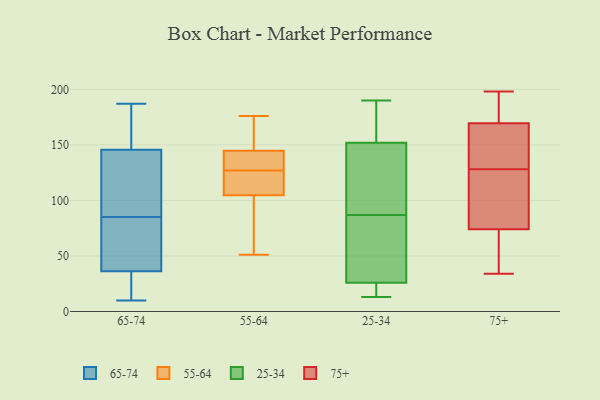
{"axis": {"x": "Active Users", "y": "Value"}, "legend": ["25-34", "55-64", "65-74", "75+"], "data": [{"x": "", "y": 153, "type": "65-74"}, {"x": "", "y": 46, "type": "65-74"}, {"x": "", "y": 124, "type": "65-74"}, {"x": "", "y": 10, "type": "65-74"}, {"x": "", "y": 156, "type": "65-74"}, {"x": "", "y": 118, "type": "65-74"}, {"x": "", "y": 34, "type": "65-74"}, {"x": "", "y": 29, "type": "65-74"}, {"x": "", "y": 43, "type": "65-74"}, {"x": "", "y": 187, "type": "65-74"}, {"x": "", "y": 85, "type": "65-74"}, {"x": "", "y": 51, "type": "55-64"}, {"x": "", "y": 176, "type": "55-64"}, {"x": "", "y": 156, "type": "55-64"}, {"x": "", "y": 103, "type": "55-64"}, {"x": "", "y": 110, "type": "55-64"}, {"x": "", "y": 151, "type": "55-64"}, {"x": "", "y": 127, "type": "55-64"}, {"x": "", "y": 134, "type": "55-64"}, {"x": "", "y": 92, "type": "55-64"}, {"x": "", "y": 145, "type": "55-64"}, {"x": "", "y": 122, "type": "55-64"}, {"x": "", "y": 96, "type": "55-64"}, {"x": "", "y": 144, "type": "55-64"}, {"x": "", "y": 140, "type": "55-64"}, {"x": "", "y": 110, "type": "55-64"}, {"x": "", "y": 13, "type": "25-34"}, {"x": "", "y": 147, "type": "25-34"}, {"x": "", "y": 49, "type": "25-34"}, {"x": "", "y": 13, "type": "25-34"}, {"x": "", "y": 154, "type": "25-34"}, {"x": "", "y": 29, "type": "25-34"}, {"x": "", "y": 105, "type": "25-34"}, {"x": "", "y": 163, "type": "25-34"}, {"x": "", "y": 190, "type": "25-34"}, {"x": "", "y": 69, "type": "25-34"}, {"x": "", "y": 23, "type": "25-34"}, {"x": "", "y": 150, "type": "25-34"}, {"x": "", "y": 74, "type": "75+"}, {"x": "", "y": 169, "type": "75+"}, {"x": "", "y": 74, "type": "75+"}, {"x": "", "y": 74, "type": "75+"}, {"x": "", "y": 154, "type": "75+"}, {"x": "", "y": 34, "type": "75+"}, {"x": "", "y": 52, "type": "75+"}, {"x": "", "y": 191, "type": "75+"}, {"x": "", "y": 166, "type": "75+"}, {"x": "", "y": 128, "type": "75+"}, {"x": "", "y": 198, "type": "75+"}, {"x": "", "y": 198, "type": "75+"}, {"x": "", "y": 38, "type": "75+"}, {"x": "", "y": 148, "type": "75+"}, {"x": "", "y": 117, "type": "75+"}, {"x": "", "y": 99, "type": "75+"}, {"x": "", "y": 171, "type": "75+"}]}